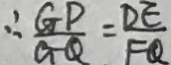
\therefore \frac { G P } { G Q } = \frac { D E } { F Q }